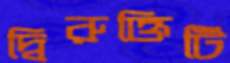
দ্বিরুক্তিটি